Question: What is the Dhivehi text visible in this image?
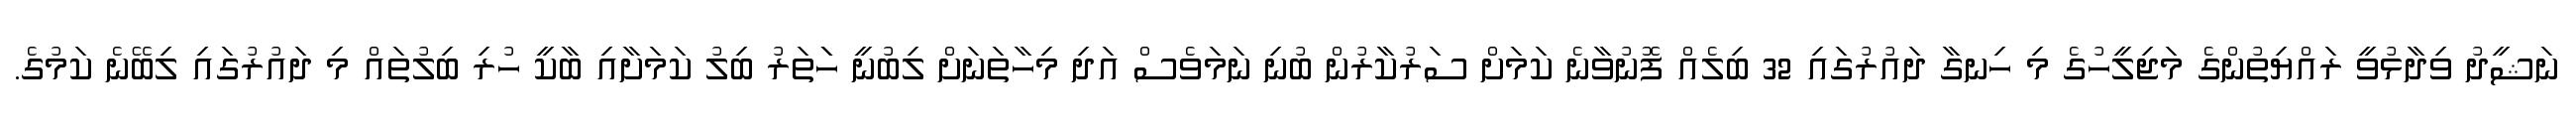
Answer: ނަޝީދު ވިދާޅުވީ ރައްޔިތުންގެ މަޖިލީހުގެ މި ހިނގާ ދައުރުގައި 32 ބިލެއް ފޮނުވާނެ ކަމަށް ސަރުކާރުން ބުނި ނަމަވެސް އަދި މިހާތަނަށް ލިބުނީ ހަަތަރު ބިލު ކަމަށާއި ބާކީ ހުރި ބިލުތައް މި ދައުރުގައި ލިބޭނެ ކަމުގެ.